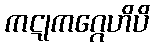
ကဋုကဂ္ဂေဟိပိ